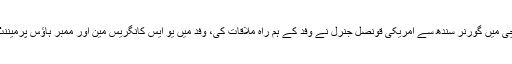
تفصیلات کے مطابق آج کراچی میں گورنر سندھ سے امریکی قونصل جنرل نے وفد کے ہم راہ ملاقات کی، وفد میں یو ایس کانگریس مین اور ممبر ہاؤس پرمیننٹ سلیکٹ کمیٹی شریک تھے۔